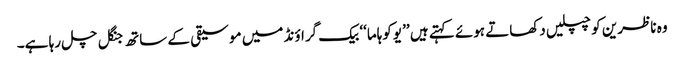
وہ ناظرین کو چپلیں دکھاتے ہوئے کہتے ہیں ’’ یوکوہاما‘‘ بیک گراؤنڈ میں موسیقی کے ساتھ جنگل چل رہا ہے۔